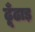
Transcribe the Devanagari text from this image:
ढूँढाड़